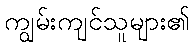
ကျွမ်းကျင်သူများ၏